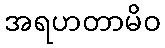
အရဟတာမိဝ